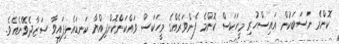
ކޮންމެ ނަސަބަކުން އައިސްހުރި މީހަކަސް ކޮންމެ ފެންވަރެއްގެ މީހަކަސް ވައްކަންކޮށްފިއްޔާ ކަނޑައެޅިފައިވާ ސަޒާދެވޭނެއެވެ.